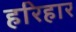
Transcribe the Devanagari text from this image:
हरिहार